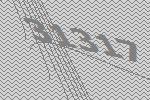
31317